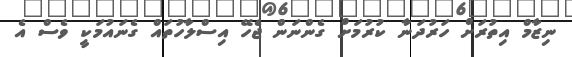
ނިޒާމް އިތުރަށް ހަރުދަނާ ކުރުމަށް ގެންނަން ޖެހޭ އިސްލާހުތައް ގެނައުމަކީ ވެސް އެ